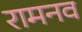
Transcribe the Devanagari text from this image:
रामनव